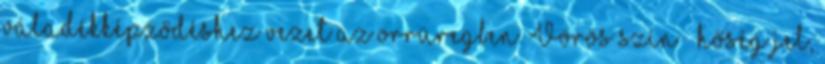
váladékképződéshez vezet az orrüregben. Vörös szín – hőség jel,